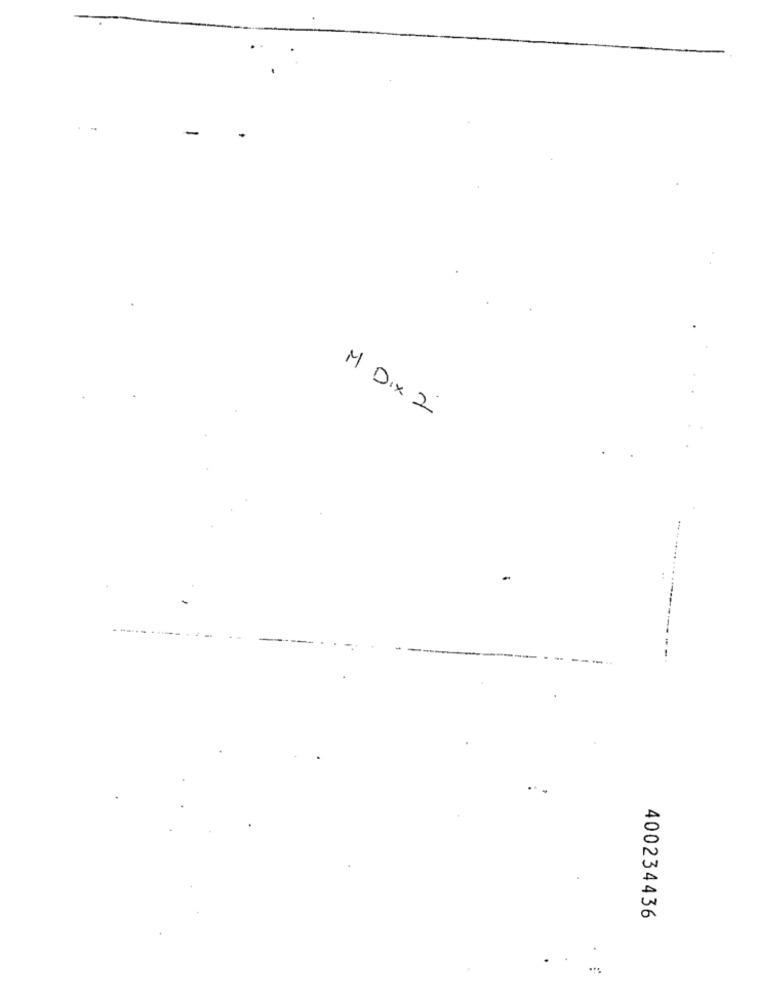
M Dix 2
:
-
400234436